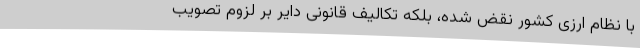
با نظام ارزی کشور نقض شده، بلکه تکالیف قانونی دایر بر لزوم تصویب